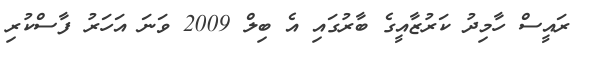
ރައީސް ހާމިދު ކަރުޒާއީގެ ބާރުގައި އެ ބިލް 2009 ވަނަ އަހަރު ފާސްކުރި